Report of the Indian Hemp Drugs Commission, 1894-1895 - Volume III
Year: 1894
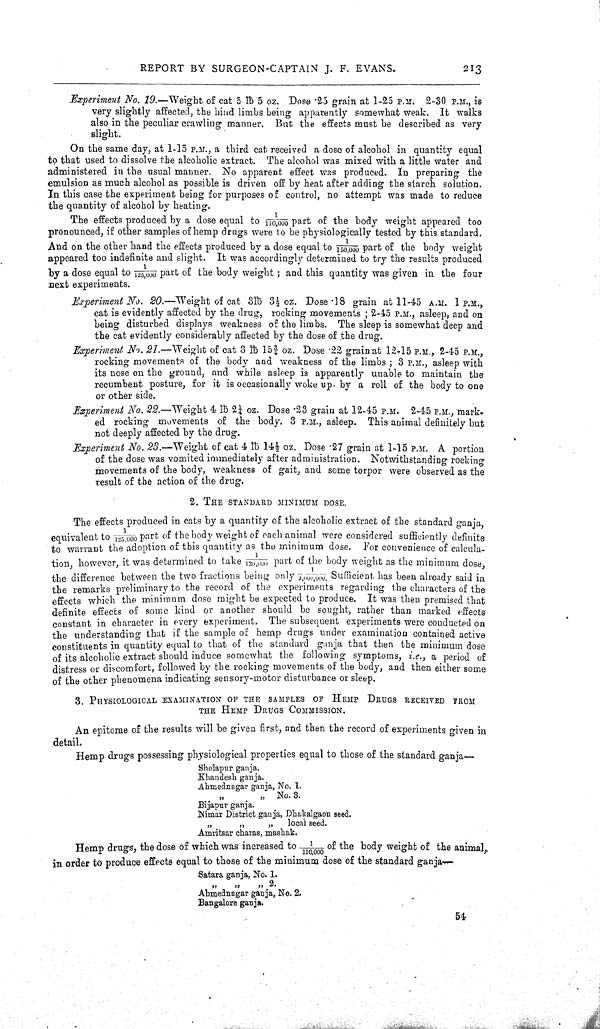
REPORT BY SURGEON-CAPTAIN J. F. EVANS.
213
Experiment No. 19.-Weight
of cat 5 lb 5 oz. Dose .25 grain at 1-25 P.M. 2-30 P.M., is
very slightly affected, the hind limbs being apparently somewhat weak. It walks
also in the peculiar crawling manner. But the effects must be described as very
slight.
On the same day, at 1-15 P.M., a third cat received a dose of alcohol in quantity equal
to that used to dissolve the alcoholic extract. The alcohol was mixed with a little water and
administered in the usual manner. No apparent effect was produced. In preparing the
emulsion as much alcohol as possible is driven off by heat after adding the starch solution.
In this case the experiment being for purposes of control, no attempt was made to reduce
the quantity of alcohol by heating.
The effects produced by a dose equal to 1/110,000 part of the body weight appeared too
pronounced, if other samples of hemp drugs were to be physiologically tested by this standard.
And on the other hand the effects produced by a dose equal to 1/150,000 part of the body weight
appeared too indefinite and slight. It was accordingly determined to try the results produced
by a dose equal to 1/125,000 part of the body weight; and this quantity was given in the four
next experiments.
Experiment No. 20.-Weight
of cat 3lb 31/2 oz. Dose .18 grain at 11-45 A.M. 1 P.M.,
cat is evidently affected by the drug, rocking movements; 2-45 P.M., asleep, and on
being disturbed displays weakness of the limbs. The sleep is somewhat deep and
the cat evidently considerably affected by the dose of the drug.
Experiment No. 21.—Weight
of cat 3 lb 153/4 oz. Dose .22 grain at 12-15 P.M., 2-45 P.M.,
rocking movements of the body and weakness of the limbs; 3 P.M., asleep with
its nose on the ground, and while asleep is apparently unable to maintain the
recumbent posture, for it is occasionally woke up. by a roll of the body to one
or other side.
Experiment No. 22.—Weight
4 lb 21/4 oz. Dose .23 grain at 12-45 P.M. 2-45 P.M., mark-
ed rocking movements of the body. 3 P.M., asleep. This animal definitely but
not deeply affected by the drug.
Experiment No. 23.—Weight
of cat 4 lb 141/2 oz. Dose .27 grain at 1-15 P.M. A portion
of the dose was vomited immediately after administration. Notwithstanding rocking
movements of the body, weakness of gait, and some torpor were observed as the
result of the action of the drug.
2.
THE
STANDARD
MINIMUM
DOSE.
The effects produced in cats by a quantity of the alcoholic extract of the standard ganja,
equivalent to 1/125,000 part of the body weight of each animal were considered sufficiently definite
to warrant the adoption of this quantity as the minimum dose. For convenience of calcula-
tion, however, it was determined to take 1/120,000 part of the body weight as the minimum dose,
the difference between the two fractions being only 1/3,000,000 Sufficient has been already said in
the remarks preliminary to the record of the experiments regarding the characters of the
effects which the minimum dose might be expected to produce. It was then premised that
definite effects of some kind or another should be sought, rather than marked effects
constant in character in every experiment. The subsequent experiments were conducted on
the understanding that if the sample of hemp drugs under examination contained active
constituents in quantity equal to that of the standard ganja that then the minimum dose
of its alcoholic extract should induce somewhat the following symptoms, i.e., a period of
distress or discomfort, followed by the rocking movements of the body, and then either some
of the other phenomena indicating sensory-motor disturbance or sleep.
3.
PHYSIOLOGICAL
EXAMINATION
OF
THE
SAMPLES
OF
HEMP
DRUGS RECEIVED FROM
THE HEMP
DRUGS
COMMISSION.
An epitome of the results will be given first, and then the record of experiments given in
detail.
Hemp drugs possessing physiological properties equal to those of the standard ganja —
Sholapur ganja.
Khandesh ganja.
Ahmednagar ganja, No. 1.
"
"
No. 3.
Bijapur ganja.
Nimar District ganja, Dhakalgaon seed.
"
"
"
local seed.
Amritsar charas, mashak.
Hemp drugs, the dose of which was increased to 1/110,000 of the body weight of the animal,
in order to produce effects equal to those of the minimum dose of the standard ganja
Satara ganja, No. 1.
" " " 2.
Ahmednagar ganja, No. 2.
Bangalore ganja.
54